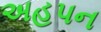
અહપન